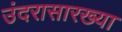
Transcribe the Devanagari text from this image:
उंदरासारख्या